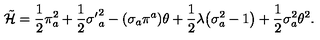
\tilde { \cal H } = \frac { 1 } { 2 } \pi _ { a } ^ { 2 } + \frac { 1 } { 2 } { \sigma ^ { \prime } } _ { a } ^ { 2 } - ( \sigma _ { a } \pi ^ { a } ) \theta + \frac { 1 } { 2 } \lambda \bigl ( \sigma _ { a } ^ { 2 } - 1 \bigr ) + \frac { 1 } { 2 } \sigma _ { a } ^ { 2 } \theta ^ { 2 } .